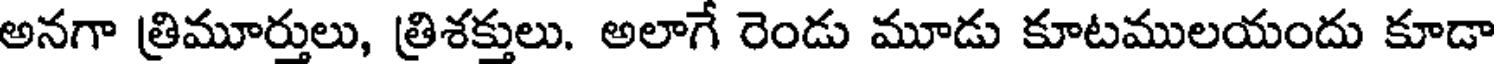
అనగా త్రిమూర్తులు, త్రిశక్తులు. అలాగే రెండు మూడు కూటములయందు కూడా